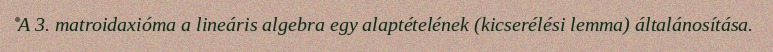
A 3. matroidaxióma a lineáris algebra egy alaptételének (kicserélési lemma) általánosítása.